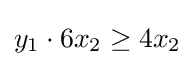
y_{1}\cdot 6x_{2}\geq 4x_{2}